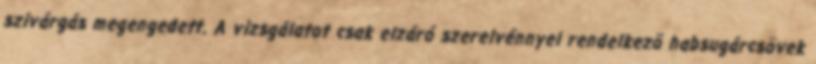
szivárgás megengedett. A vizsgálatot csak elzáró szerelvénnyel rendelkezõ habsugárcsövek